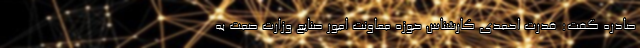
صادره گفت: قدرت احمدی کارشناس حوزه معاونت امور صنایع وزارت صمت به